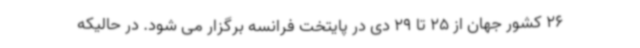
26 کشور جهان از 25 تا 29 دی در پایتخت فرانسه برگزار می شود. در حالیکه